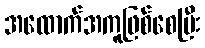
အထောက်အကူဖြစ်စေပြီး